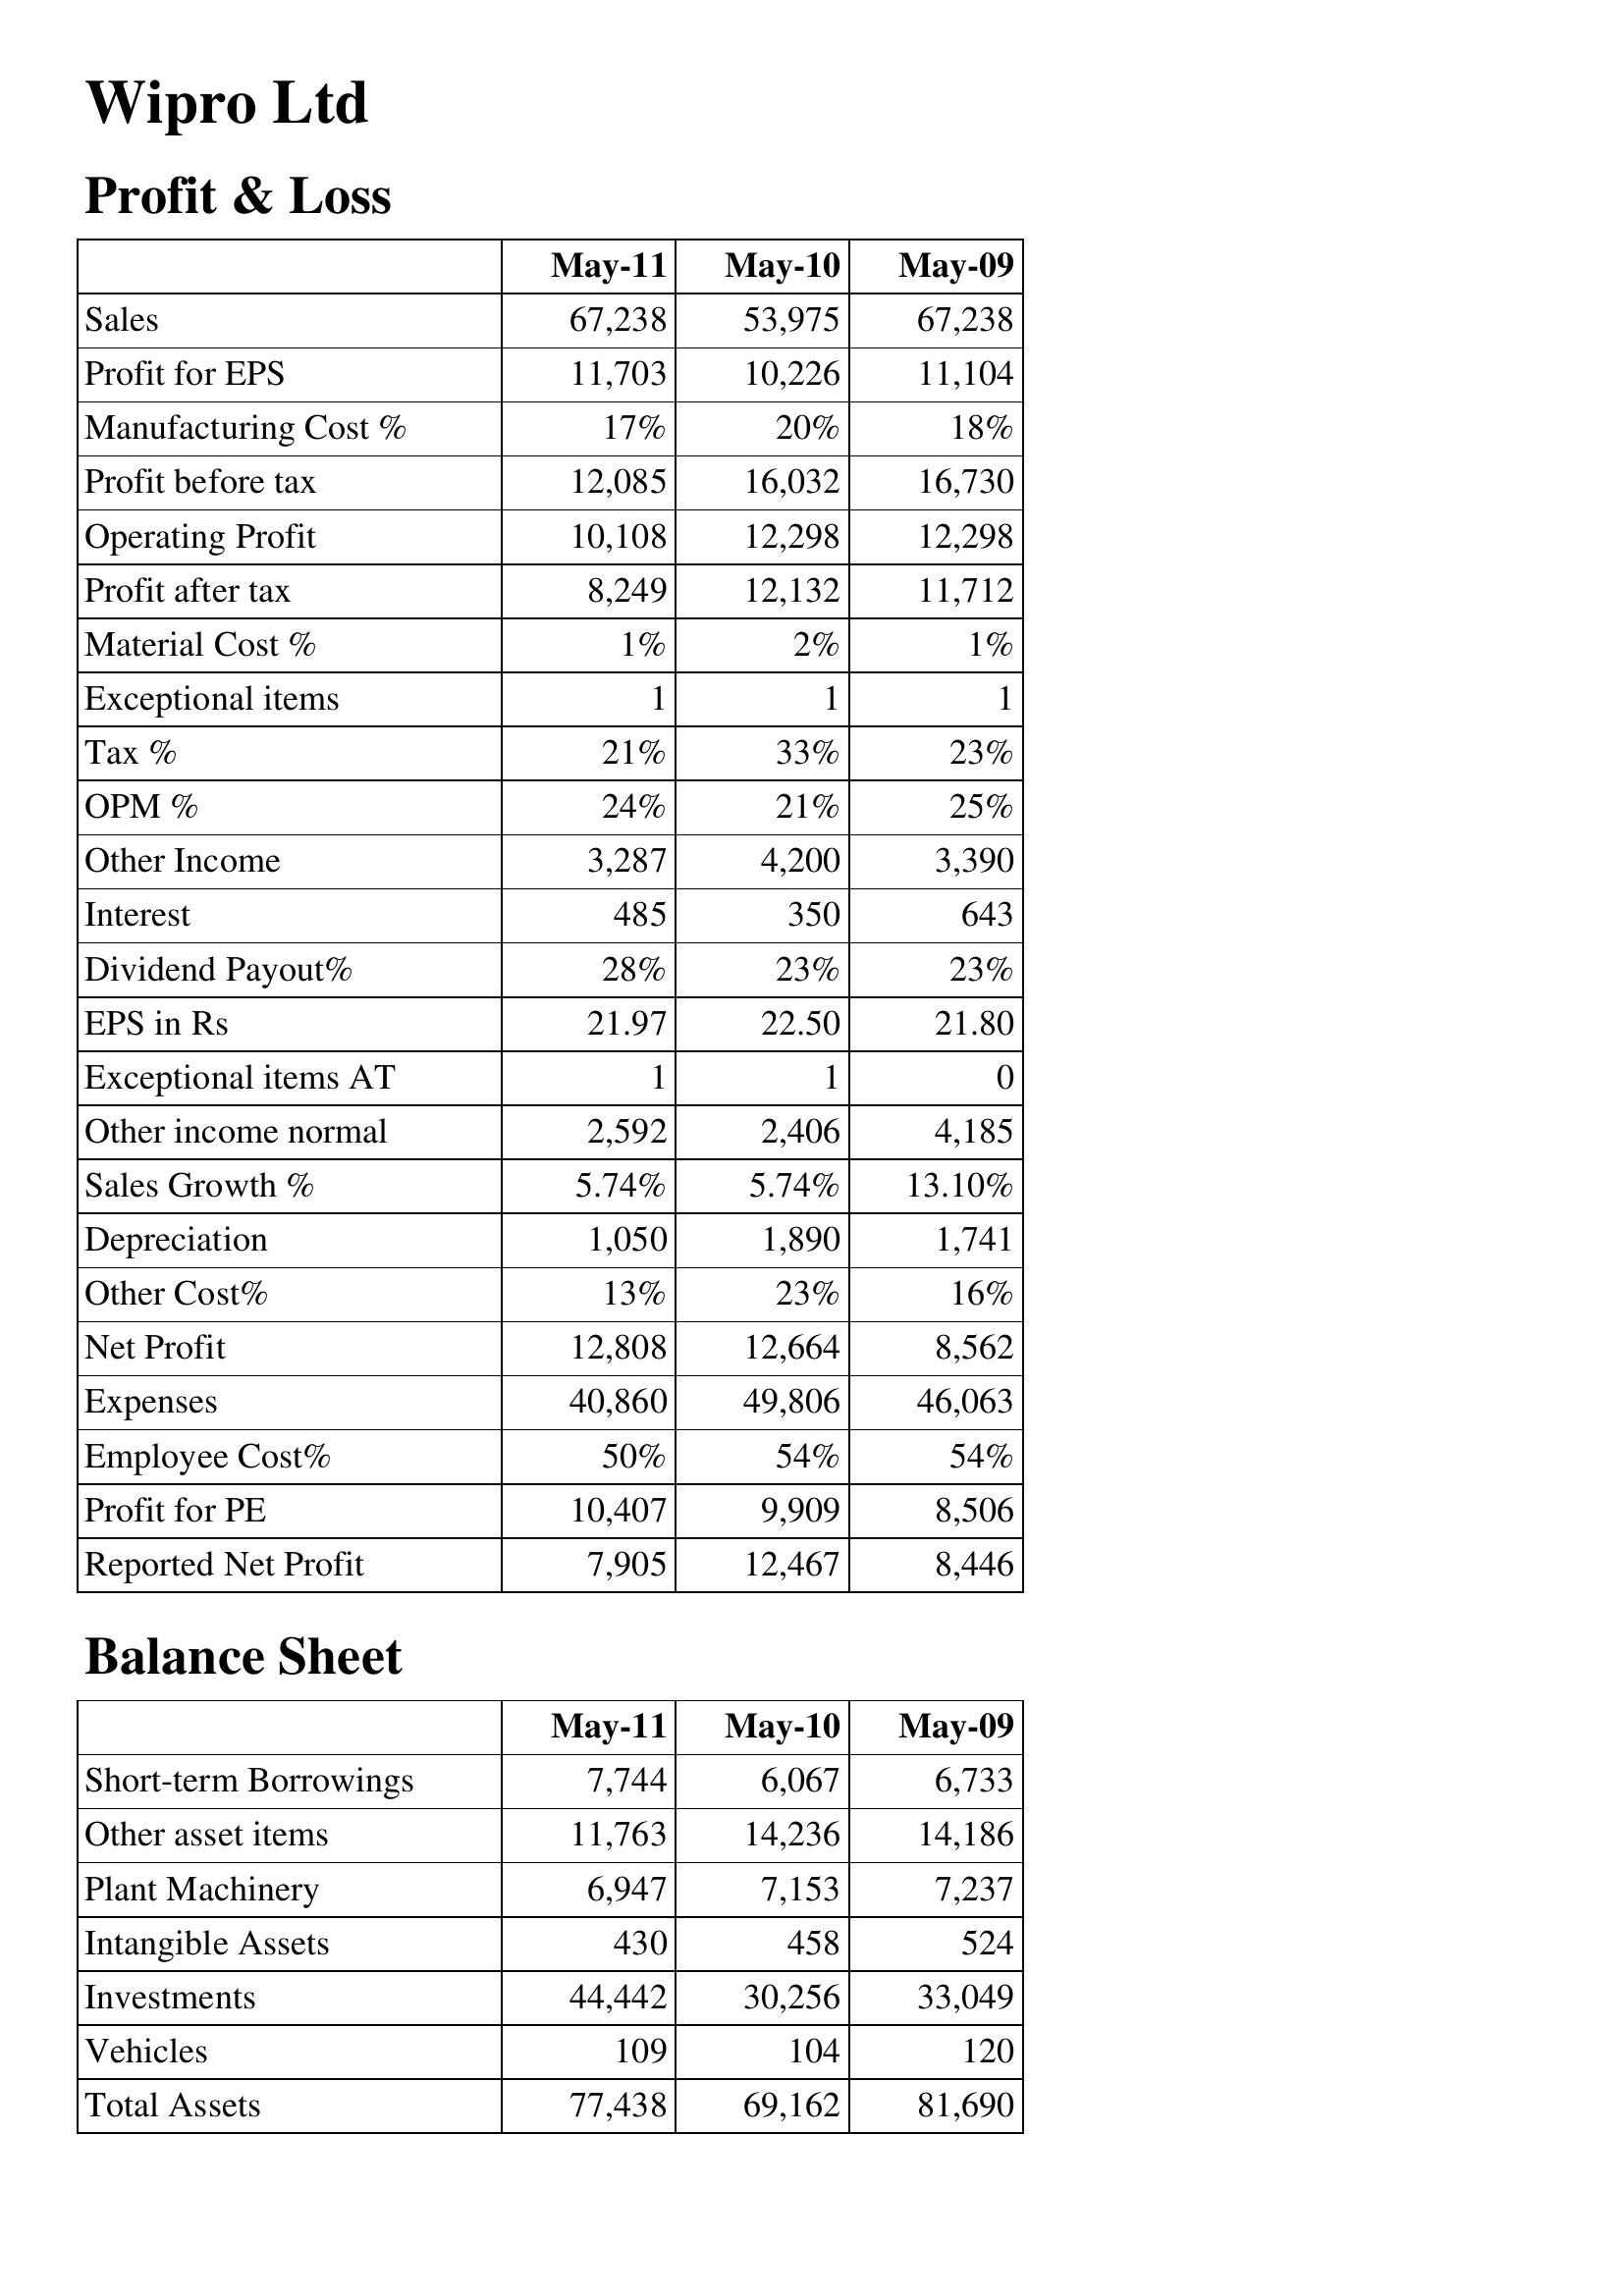
May-11: Profit & Loss: Sales: 67,238
Profit for EPS: 11,703
Manufacturing Cost %: 17%
Profit before tax: 12,085
Operating Profit: 10,108
Profit after tax: 8,249
Material Cost %: 1%
Exceptional items: 1
Tax %: 21%
OPM %: 24%
Other Income: 3,287
Interest: 485
Dividend Payout%: 28%
EPS in Rs: 21.97
Exceptional items AT: 1
Other income normal: 2,592
Sales Growth %: 5.74%
Depreciation: 1,050
Other Cost%: 13%
Net Profit: 12,808
Expenses: 40,860
Employee Cost%: 50%
Profit for PE: 10,407
Reported Net Profit: 7,905
Balance Sheet: Short-term Borrowings: 7,744
Other asset items: 11,763
Plant Machinery: 6,947
Intangible Assets: 430
Investments: 44,442
Vehicles: 109
Total Assets: 77,438
May-10: Profit & Loss: Sales: 53,975
Profit for EPS: 10,226
Manufacturing Cost %: 20%
Profit before tax: 16,032
Operating Profit: 12,298
Profit after tax: 12,132
Material Cost %: 2%
Exceptional items: 1
Tax %: 33%
OPM %: 21%
Other Income: 4,200
Interest: 350
Dividend Payout%: 23%
EPS in Rs: 22.50
Exceptional items AT: 1
Other income normal: 2,406
Sales Growth %: 5.74%
Depreciation: 1,890
Other Cost%: 23%
Net Profit: 12,664
Expenses: 49,806
Employee Cost%: 54%
Profit for PE: 9,909
Reported Net Profit: 12,467
Balance Sheet: Short-term Borrowings: 6,067
Other asset items: 14,236
Plant Machinery: 7,153
Intangible Assets: 458
Investments: 30,256
Vehicles: 104
Total Assets: 69,162
May-09: Profit & Loss: Sales: 67,238
Profit for EPS: 11,104
Manufacturing Cost %: 18%
Profit before tax: 16,730
Operating Profit: 12,298
Profit after tax: 11,712
Material Cost %: 1%
Exceptional items: 1
Tax %: 23%
OPM %: 25%
Other Income: 3,390
Interest: 643
Dividend Payout%: 23%
EPS in Rs: 21.80
Exceptional items AT: 0
Other income normal: 4,185
Sales Growth %: 13.10%
Depreciation: 1,741
Other Cost%: 16%
Net Profit: 8,562
Expenses: 46,063
Employee Cost%: 54%
Profit for PE: 8,506
Reported Net Profit: 8,446
Balance Sheet: Short-term Borrowings: 6,733
Other asset items: 14,186
Plant Machinery: 7,237
Intangible Assets: 524
Investments: 33,049
Vehicles: 120
Total Assets: 81,690